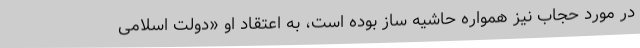
در مورد حجاب نیز همواره حاشیه ساز بوده است، به اعتقاد او «دولت اسلامی